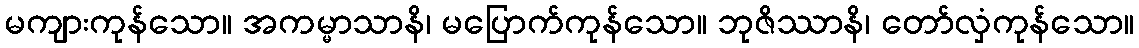
မကျားကုန်သော။ အကမ္မာသာနိ၊ မပြောက်ကုန်သော။ ဘုဇိဿာနိ၊ တော်လှံကုန်သော။